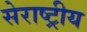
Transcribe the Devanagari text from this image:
सेराष्ट्रीय